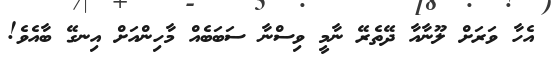
އެހާ ވަރަށް ލޫނާއާ ދޭތެރޭ ނާމީ ވިސްނާ ސަބަބެއް މާހިންއަށް އިނގޭ ބާއެވެ!